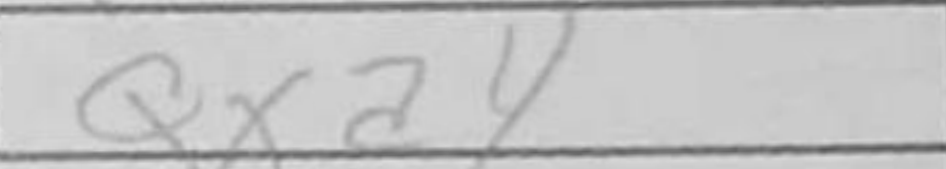
Transcription: Qxa4